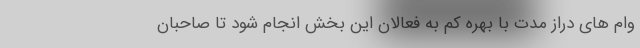
وام های دراز مدت با بهره کم به فعالان این بخش انجام شود تا صاحبان